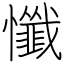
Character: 懺